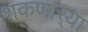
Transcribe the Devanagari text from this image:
शकणार्‍या